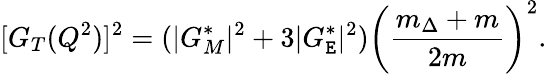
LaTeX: [G_{T}(Q^{2})]^{2}=(|G_{M}^{*}|^{2}+3|G_{\mathtt{E}}^{*}|^{2})\bigg(\frac{{m_{\Delta}+m}}{{2m}}\bigg)^{2}.